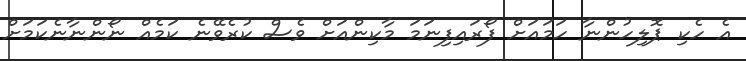
އެ ހެކި ޕޮލިހުންނާ ހަމައަށް ފޯރައިފިނަމަ މާކިންއަށް ވެސް ކުރެވޭނެ ކަމެއް ނޯންނާނެކަމަށް